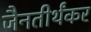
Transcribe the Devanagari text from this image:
जैनतीर्थंकर